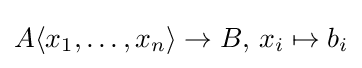
A\langle x_{1},\dots ,x_{n}\rangle \to B,\,x_{i}\mapsto b_{i}